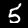
Digit: 5